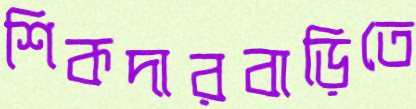
শিকদারবাড়িতে